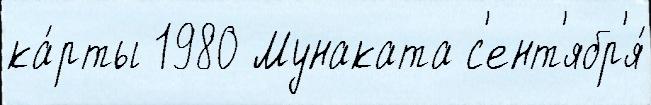
ка́рты 1980 Мунаката с'ент'ябр'я́